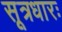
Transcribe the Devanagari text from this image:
सूत्रधारः